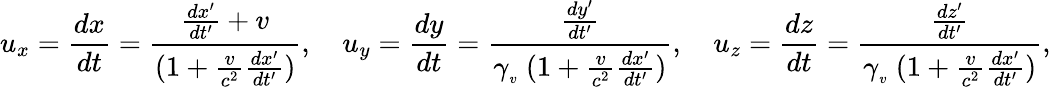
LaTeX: u_{x}={\frac{dx}{dt}}={\frac{{\frac{dx^{\prime}}{dt^{\prime}}}+v}{(1+{\frac{v}{c^{2}}}{\frac{dx^{\prime}}{dt^{\prime}}})}},\quad u_{y}={\frac{dy}{dt}}={\frac{\frac{dy^{\prime}}{dt^{\prime}}}{\gamma_{_{v}}\ (1+{\frac{v}{c^{2}}}{\frac{dx^{\prime}}{dt^{\prime}}})}},\quad u_{z}={\frac{dz}{dt}}={\frac{\frac{dz^{\prime}}{dt^{\prime}}}{\gamma_{_{v}}\ (1+{\frac{v}{c^{2}}}{\frac{dx^{\prime}}{dt^{\prime}}})}},